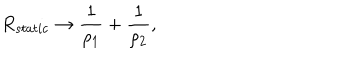
R _ { s t a t i c } \rightarrow \frac { 1 } { \rho _ { 1 } } + \frac { 1 } { \rho _ { 2 } } ,